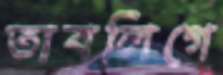
তাবলিগে